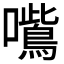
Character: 𭌦